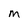
Character: M